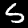
Digit: 5